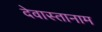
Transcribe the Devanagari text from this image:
देवास्तानाम